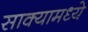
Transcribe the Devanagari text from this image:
साक्यामध्ये